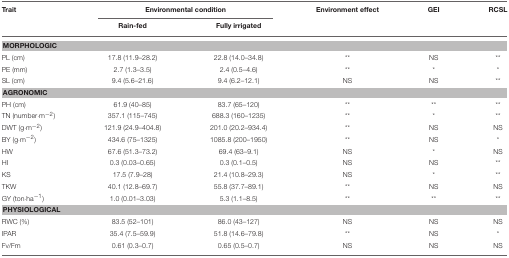
<table><thead><tr><td><b>Trait</b></td><td colspan="2"><b>Environmental condition</b></td><td><b>Environment effect</b></td><td><b>GEI</b></td><td><b>RCSL</b></td></tr><tr><td>[EMPTY_CELL]</td><td><b>Rain-fed</b></td><td><b>Fully irrigated</b></td><td>[EMPTY_CELL]</td><td>[EMPTY_CELL]</td><td>[EMPTY_CELL]</td></tr></thead><tbody><tr><td colspan="6"><b>MORPHOLOGIC</b></td></tr><tr><td>PL (cm)</td><td>17.8 (11.9–28.2)</td><td>22.8 (14.0–34.8)</td><td><sup>**</sup></td><td>NS</td><td><sup>**</sup></td></tr><tr><td>PE (mm)</td><td>2.7 (1.3–3.5)</td><td>2.4 (0.5–4.6)</td><td><sup>**</sup></td><td><sup>*</sup></td><td><sup>*</sup></td></tr><tr><td>SL (cm)</td><td>9.4 (5.6–21.6)</td><td>9.4 (6.2–12.1)</td><td>NS</td><td>NS</td><td><sup>**</sup></td></tr><tr><td colspan="6"><b>AGRONOMIC</b></td></tr><tr><td>PH (cm)</td><td>61.9 (40–85)</td><td>83.7 (65–120)</td><td><sup>**</sup></td><td><sup>**</sup></td><td><sup>**</sup></td></tr><tr><td>TN (number·m<sup>−2</sup>)</td><td>357.1 (115–745)</td><td>688.3 (160–1235)</td><td><sup>**</sup></td><td><sup>*</sup></td><td><sup>**</sup></td></tr><tr><td>DWT (g·m<sup>−2</sup>)</td><td>121.9 (24.9–404.8)</td><td>201.0 (20.2–934.4)</td><td><sup>**</sup></td><td>NS</td><td>NS</td></tr><tr><td>BY (g·m<sup>−2</sup>)</td><td>434.6 (75–1325)</td><td>1085.8 (200–1950)</td><td><sup>**</sup></td><td>NS</td><td><sup>*</sup></td></tr><tr><td>HW</td><td>67.6 (51.3–73.2)</td><td>69.4 (63–9.1)</td><td>NS</td><td><sup>*</sup></td><td>NS</td></tr><tr><td>HI</td><td>0.3 (0.03–0.65)</td><td>0.3 (0.1–0.5)</td><td>NS</td><td>NS</td><td><sup>**</sup></td></tr><tr><td>KS</td><td>17.5 (7.9–28)</td><td>21.4 (10.8–29.3)</td><td>NS</td><td><sup>*</sup></td><td><sup>**</sup></td></tr><tr><td>TKW</td><td>40.1 (12.8–69.7)</td><td>55.8 (37.7–89.1)</td><td><sup>**</sup></td><td>NS</td><td>NS</td></tr><tr><td>GY (ton·ha<sup>−1</sup>)</td><td>1.0 (0.01–3.03)</td><td>5.3 (1.1–8.5)</td><td><sup>**</sup></td><td><sup>**</sup></td><td><sup>**</sup></td></tr><tr><td colspan="6"><b>PHYSIOLOGICAL</b></td></tr><tr><td>RWC (%)</td><td>83.5 (52–101)</td><td>86.0 (43–127)</td><td>NS</td><td>NS</td><td>NS</td></tr><tr><td>IPAR</td><td>35.4 (7.5–59.9)</td><td>51.8 (14.6–79.8)</td><td><sup>**</sup></td><td>NS</td><td><sup>*</sup></td></tr><tr><td>Fv/Fm</td><td>0.61 (0.3–0.7)</td><td>0.65 (0.5–0.7)</td><td>NS</td><td>NS</td><td>NS</td></tr></tbody></table>